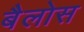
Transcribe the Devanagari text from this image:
बैलोस